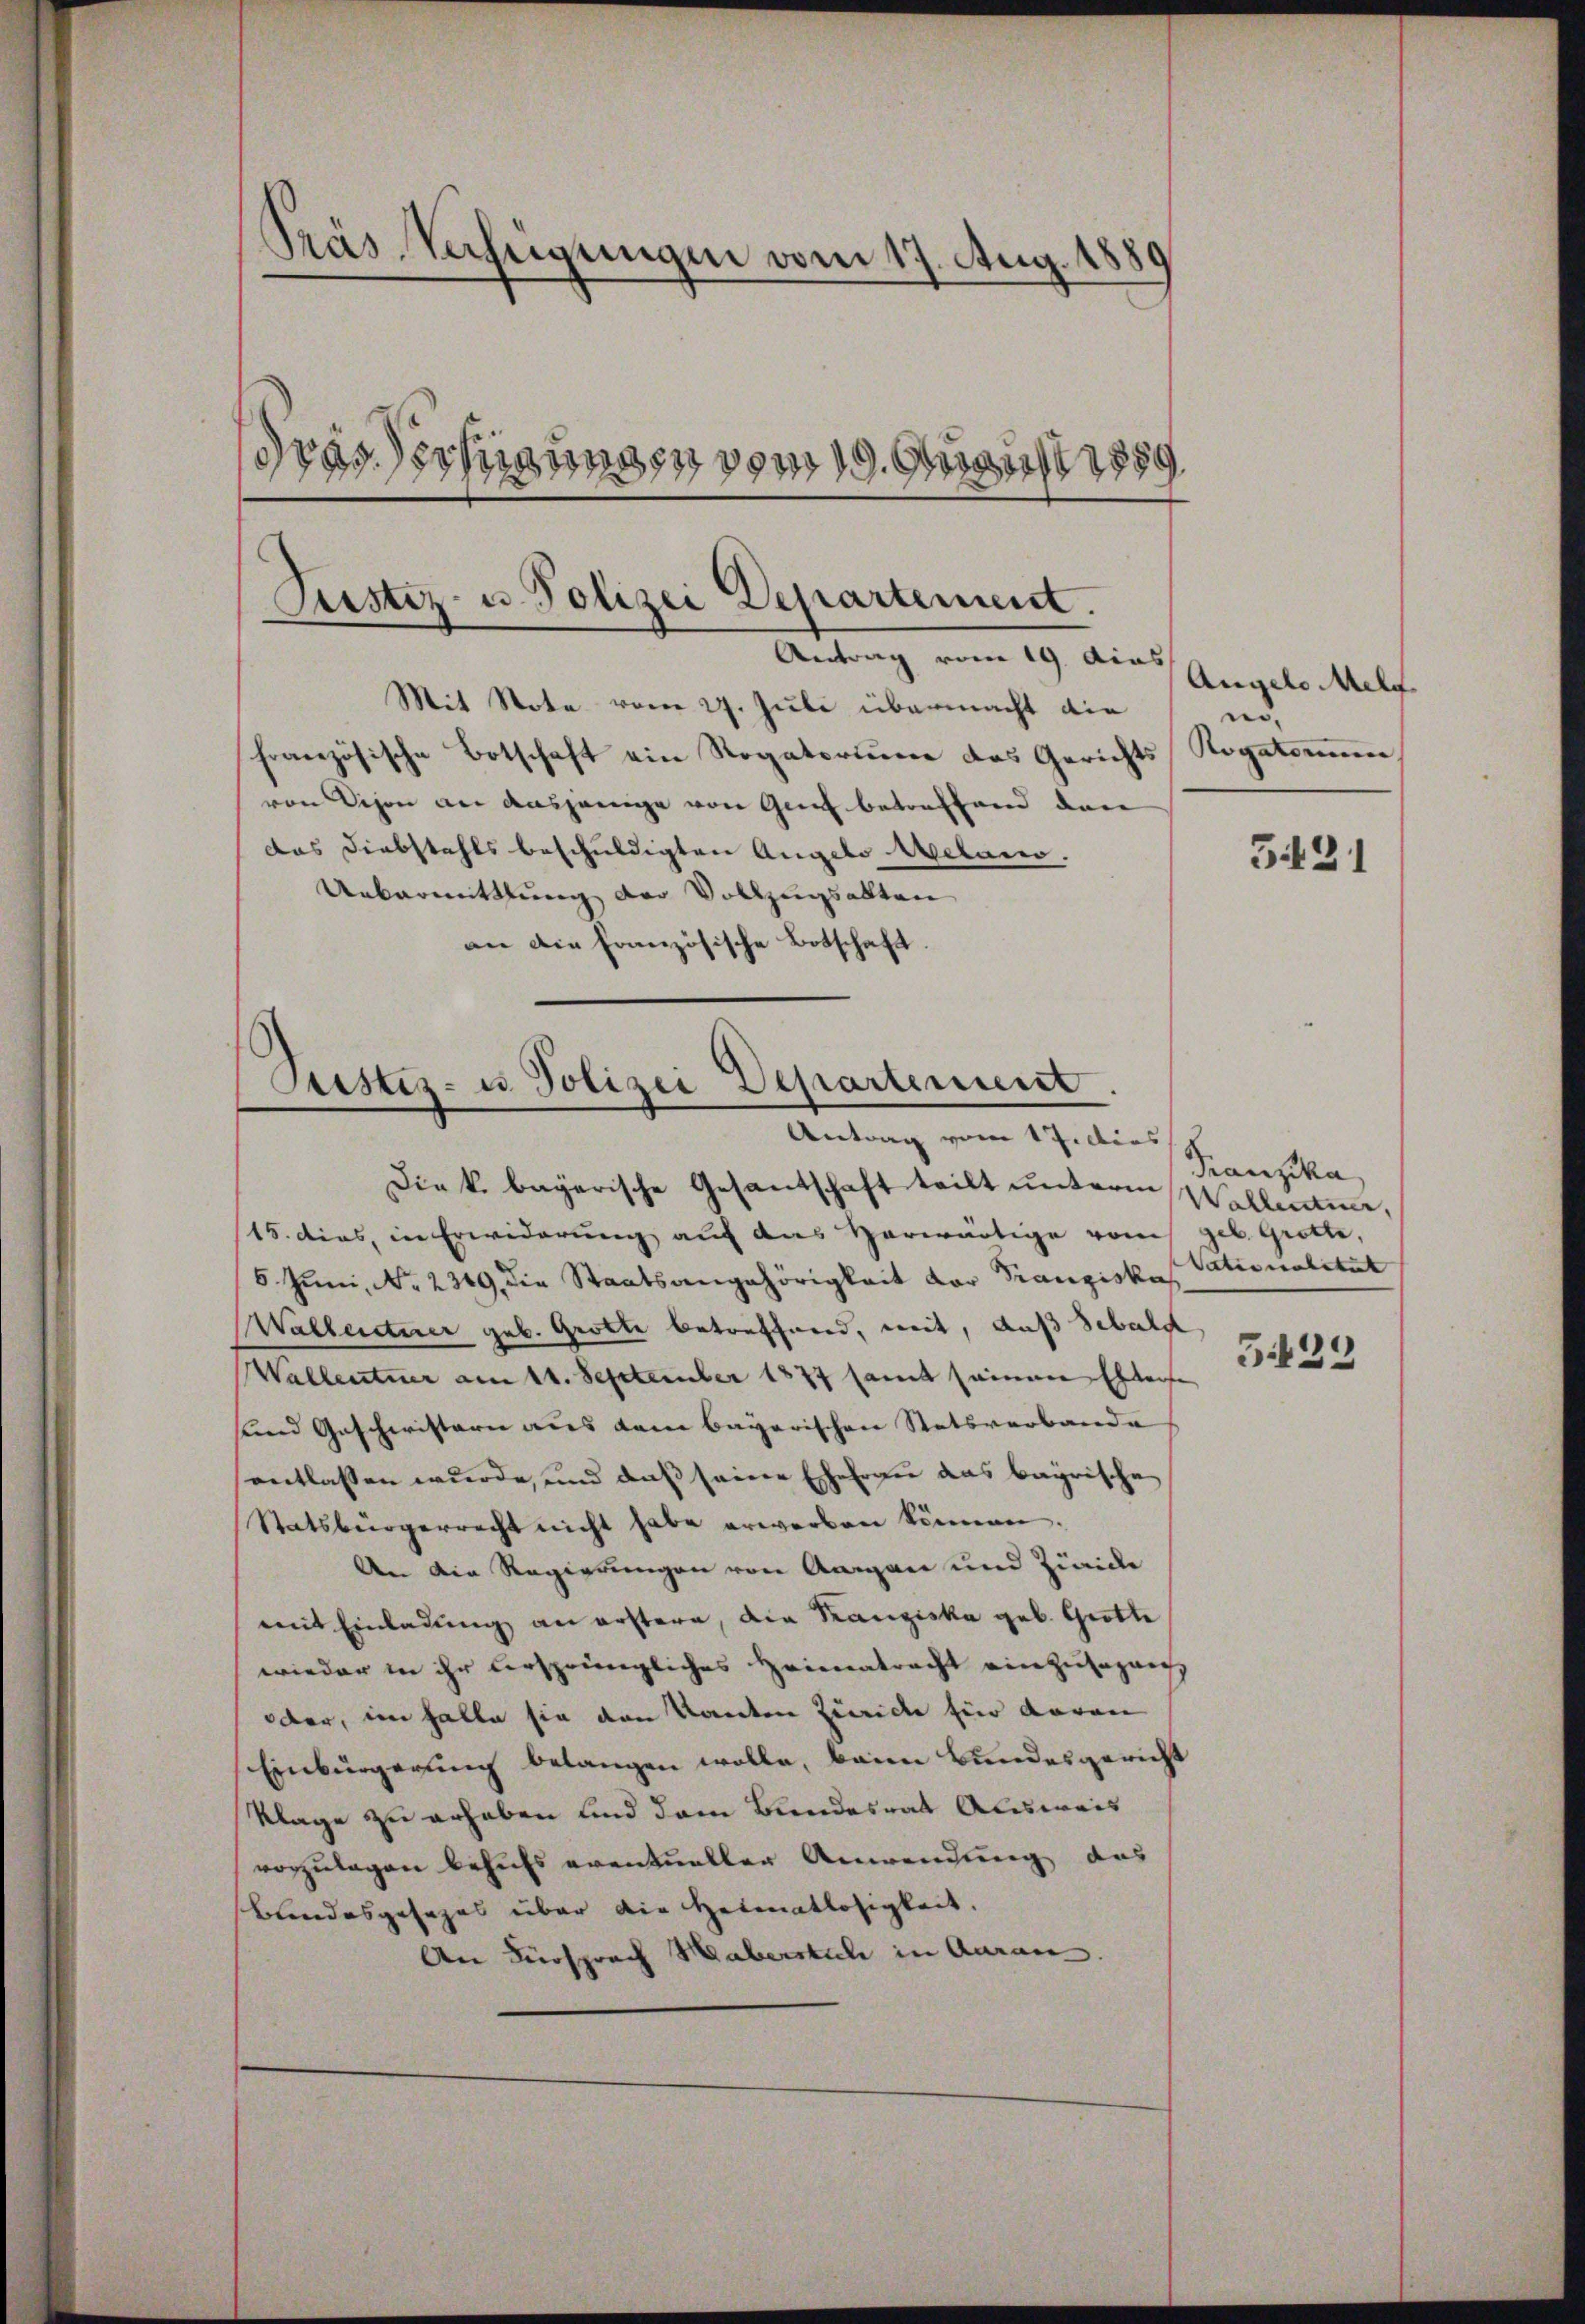
Prás Verfügungen vom 17. Aug. 1880
drastechnungen vom 19. August 189

Justiz- u. Polizei Departement.
Antrag vom 19. dies

Mit Note vom 27. Juli übermacht die
französische Botschaft ein Rogatorium das Gerichts
von Vison an dasjenige von Genf betreffend den
das Diebstahls beschuldigten Angelo Melano.
Uebermittlung der Vollzugsalten
an die Französische Botschaft

Justiz- u Polizei Departement
Antrag vom 1 Julius

Die k. bayerische Gesantschaft teilt unterm Wallentier,
15. dies, in Erwiderung auf das Herwärtige vom geb. Grotte,
6 Juni, Nr. 2349, die Staatsangehörigkeit der Franziskus Nationalität
Walleitner geb. Grotte betreffnend, weit, daß Sebald
Wallentner am 11. September 1877 samt seinen Eltere
und Geschwisterie aus dem bayerischen Statsverbande
entlassen wurde, und daß seine Ehefrau das bayrische
Statsbürgerrecht nicht habe erwerben können.
An die Regierungen von Aargau und Zürich
mit Einladung an erstern, die Kanziska geb. Grotte
wieder in ihr ursprüngliches Heimatracht einzusagen,
oder, im halte sie den Kanton Zürich für daran
Einbürgerung belangen wolle, beim Bundesgericht
Klage zu erhaben sind dem Bundesrat Ausweis
vorzulegen behufs eventueller Anwendung des
Bundesgesezes über die Heimatlosigkeit,
An Fürsprach Haberstich in Aarau

Angelo Melf
no
Rogatorium

5491

Franzka,

5429